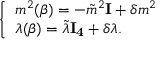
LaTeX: \left\{ \begin{array} { l l } { { m ^ { 2 } ( \beta ) = - \tilde { m } ^ { 2 } { \bf I } + \delta m ^ { 2 } } } \\ { { \lambda ( \beta ) = \tilde { \lambda } { \bf I _ { 4 } } + \delta \lambda . } } \end{array} \right.